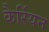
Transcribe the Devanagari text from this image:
कैर्रियन